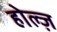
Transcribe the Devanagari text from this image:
होल्ज़